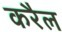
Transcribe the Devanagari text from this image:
करैल